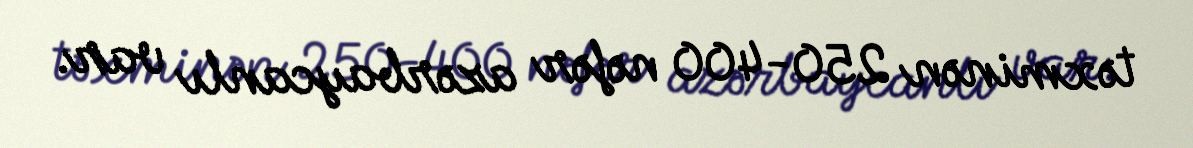
təxminən 250-400 nəfər azərbaycanlı var.